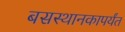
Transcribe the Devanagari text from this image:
बसस्थानकापर्यंत